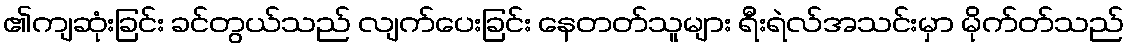
၏ကျဆုံးခြင်း ခင်တွယ်သည် လျက်ပေးခြင်း နေတတ်သူများ ရီးရဲလ်အသင်းမှာ မိုက်တ်သည်